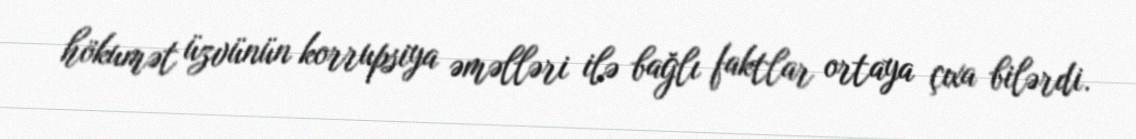
hökumət üzvünün korrupsiya əməlləri ilə bağlı faktlar ortaya çıxa bilərdi.